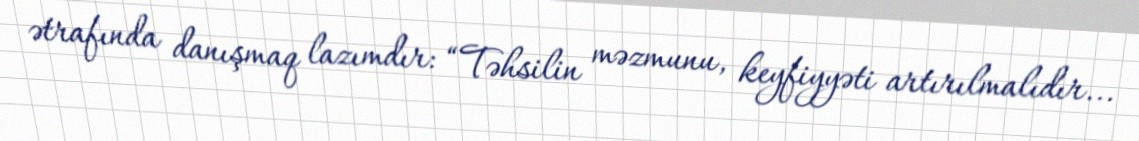
ətrafında danışmaq lazımdır: “Təhsilin məzmunu, keyfiyyəti artırılmalıdır...